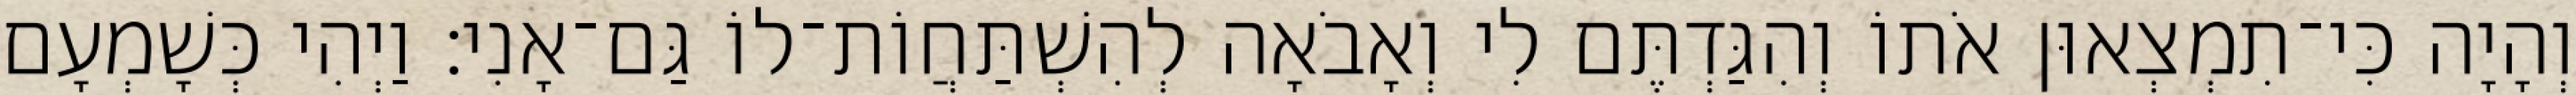
וְהָיָה כִּי־תִמְצְאוּן אֹתוֹ וְהִגַּדְתֶּם לִי וְאָבֹאָה לְהִשְׁתַּחֲוֹת־לוֹ גַּם־אָנִי׃ וַיְהִי כְּשָׁמְעָם